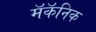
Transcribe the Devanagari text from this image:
मॅकॅनिक